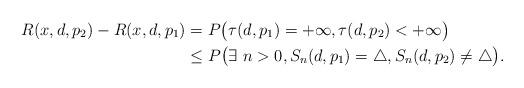
LaTeX: \begin{align*}R(x,d,p_2)-R(x,d,p_1)&=P\big(\tau(d,p_1)=+\infty,\tau(d,p_2)<+\infty\big)\\&\leq P\big(\exists~n>0,S_n(d,p_1)=\triangle,S_n(d,p_2)\neq\triangle\big).\end{align*}